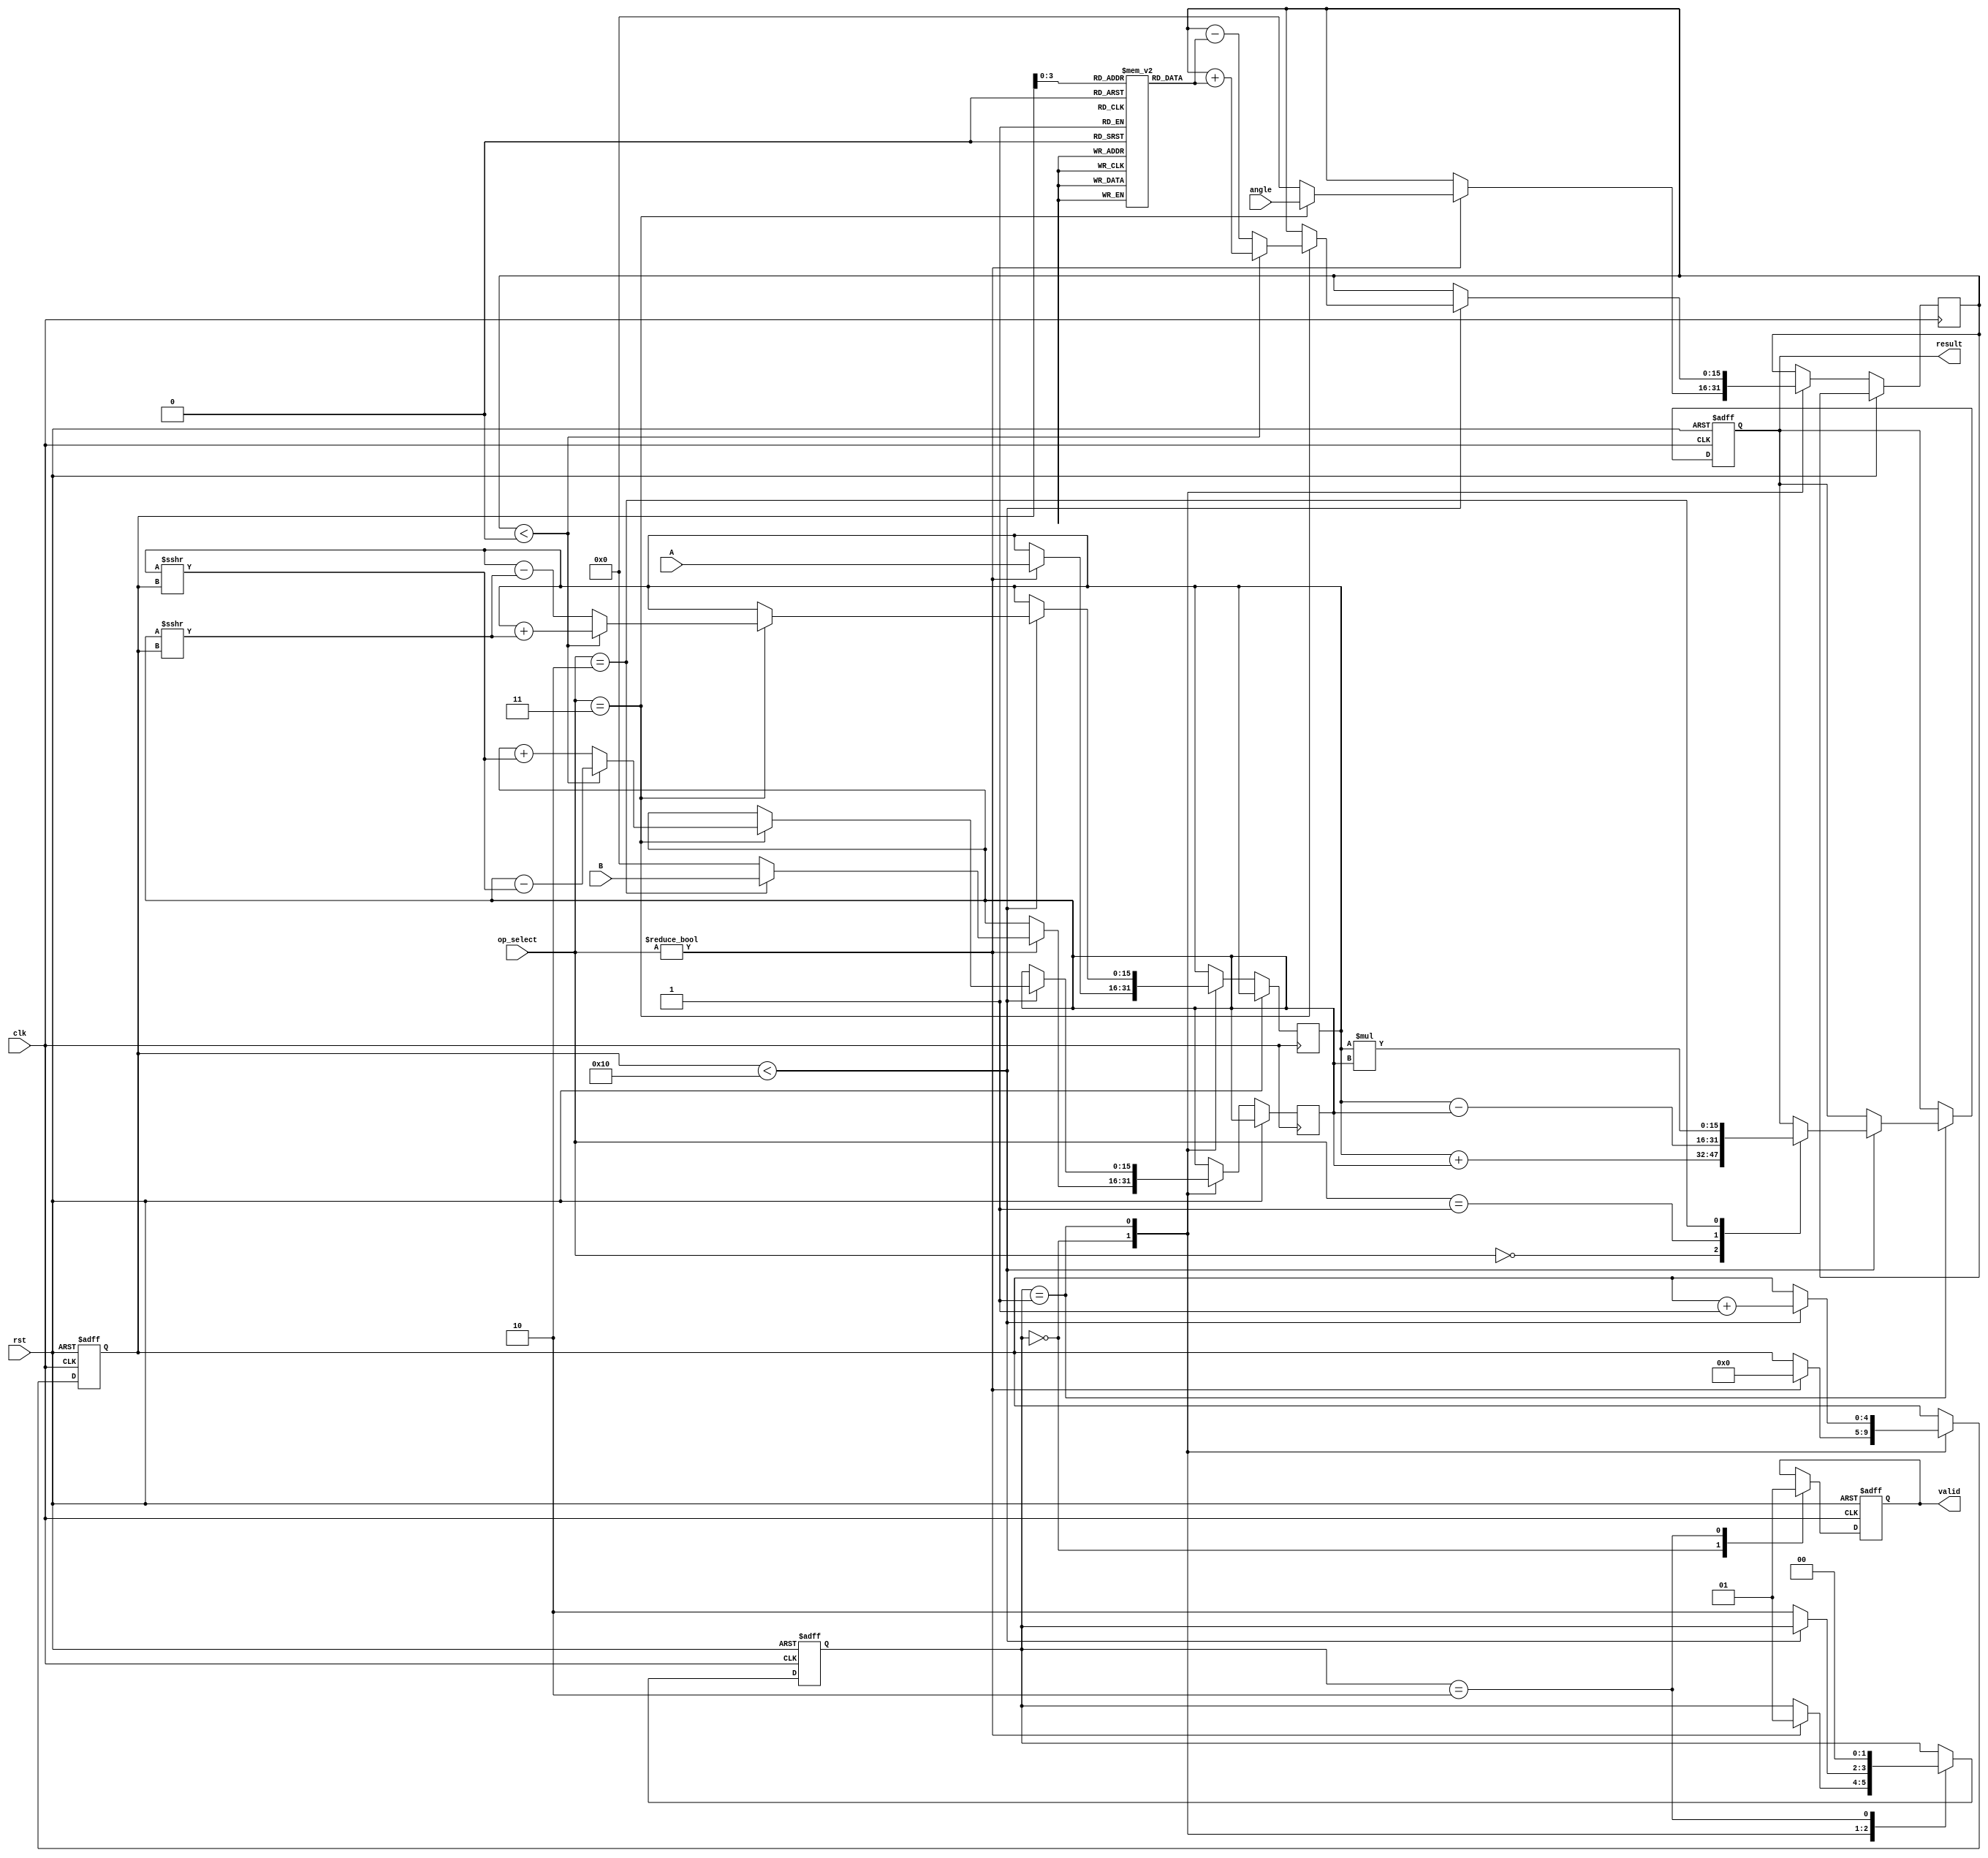
module unified_cordic #(
    parameter N = 16, // Number of iterations for CORDIC
    parameter WIDTH = 16 // Bit width for inputs and outputs
)(
    input wire clk,
    input wire rst,
    input wire [1:0] op_select, // Operation selector: 00-add, 01-subtract, 10-multiply, 11-trig
    input wire signed [WIDTH-1:0] A,
    input wire signed [WIDTH-1:0] B,
    input wire signed [WIDTH-1:0] angle, // Angle input for trig functions
    output reg signed [WIDTH-1:0] result,
    output reg valid // Result valid signal
);

    // Internal signals
    reg signed [WIDTH-1:0] x, y, z; // CORDIC variables
    reg [4:0] iteration; // Iteration counter
    reg [1:0] state; // FSM state
    reg signed [WIDTH-1:0] angle_table [0:N-1]; // Angle lookup table

    // Initialize angle lookup table (example values)
    initial begin
        angle_table[0] = 16'h1C71; // atan(2^-0)
        angle_table[1] = 16'h1A62; // atan(2^-1)
        angle_table[2] = 16'h186A; // atan(2^-2)
        // Add more values as needed...
    end

    // FSM states
    localparam IDLE = 2'b00;
    localparam CALC = 2'b01;
    localparam DONE = 2'b10;

    // Control Unit
    always @(posedge clk or posedge rst) begin
        if (rst) begin
            state <= IDLE;
            iteration <= 0;
            valid <= 0;
            result <= 0;
        end else begin
            case (state)
                IDLE: begin
                    valid <= 0;
                    if (op_select != 2'b00) begin // Start calculation if operation is selected
                        x <= A;
                        y <= (op_select == 2'b10) ? B : 0; // For multiplication, use B
                        z <= (op_select == 2'b11) ? angle : 0; // For trig functions
                        iteration <= 0;
                        state <= CALC;
                    end
                end
                CALC: begin
                    if (iteration < N) begin
                        // CORDIC rotation or vectoring mode
                        case (op_select)
                            2'b00: result <= x + y; // Addition
                            2'b01: result <= x - y; // Subtraction
                            2'b10: begin // Multiplication
                                // Implement iterative multiplication logic here
                                // Placeholder for multiplication logic
                                result <= x * y; // Simple multiplication for example
                            end
                            2'b11: begin // Trigonometric functions
                                // CORDIC rotation for sine and cosine
                                if (z < 0) begin
                                    x <= x + (y >>> iteration);
                                    y <= y - (x >>> iteration);
                                    z <= z + angle_table[iteration];
                                end else begin
                                    x <= x - (y >>> iteration);
                                    y <= y + (x >>> iteration);
                                    z <= z - angle_table[iteration];
                                end
                            end
                        endcase
                        iteration <= iteration + 1;
                    end else begin
                        state <= DONE;
                    end
                end
                DONE: begin
                    valid <= 1;
                    state <= IDLE; // Reset to IDLE after computation
                end
            endcase
        end
    end
endmodule